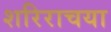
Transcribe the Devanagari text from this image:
शरिराचया